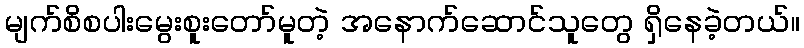
မျက်စိစပါးမွေးစူးတော်မူတဲ့ အနောက်ဆောင်သူတွေ ရှိနေခဲ့တယ်။